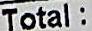
TOTAL: